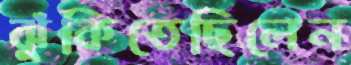
ঝুঁকিতেছিলেন